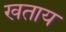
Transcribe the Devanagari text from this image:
खताय